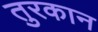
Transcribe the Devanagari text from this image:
तुरकान